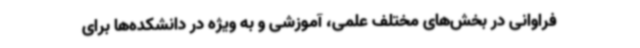
فراوانی در بخش‌های مختلف علمی، آموزشی و به ویژه در دانشکده‌ها برای